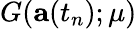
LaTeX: G(\mathbf{a}(t_{n});\mu)